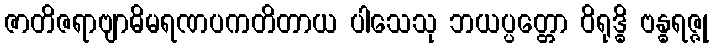
ဇာတိဇရာဗျာဓိမရဏပကတိတာယ ပါသေသု ဘယပ္ပတ္တော ဝိရုဒ္ဓိ ဗန္ဓရဇ္ဇု